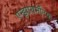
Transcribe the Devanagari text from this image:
एन्झायमॅटिक